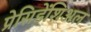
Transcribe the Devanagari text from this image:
प्रेसिडेंशिअल